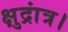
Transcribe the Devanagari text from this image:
क्षुद्रांत्र।